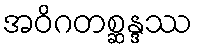
အဝိဂတစ္ဆန္ဒဿ